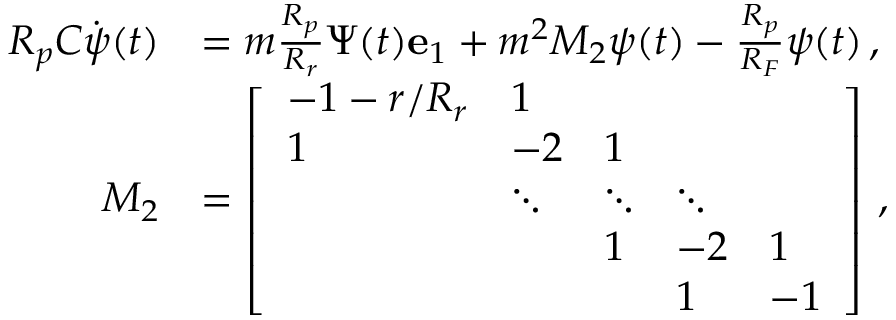
\begin{array} { r l } { R _ { p } C \dot { \boldsymbol { \psi } } ( t ) } & { = m \frac { R _ { p } } { R _ { r } } \Psi ( t ) \mathbf { e } _ { 1 } + m ^ { 2 } M _ { 2 } \boldsymbol { \psi } ( t ) - \frac { R _ { p } } { R _ { F } } \boldsymbol { \psi } ( t ) \, , } \\ { M _ { 2 } } & { = \left[ \begin{array} { l l l l l } { - 1 - r / R _ { r } } & { 1 } & & & \\ { 1 } & { - 2 } & { 1 } & & \\ & { \ddots } & { \ddots } & { \ddots } & \\ & & { 1 } & { - 2 } & { 1 } \\ & & & { 1 } & { - 1 } \end{array} \right] \, , } \end{array}